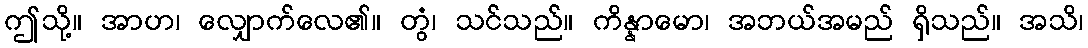
ဤသို့။ အာဟ၊ လျှောက်လေ၏။ တွံ၊ သင်သည်။ ကိန္နာမော၊ အဘယ်အမည် ရှိသည်။ အသိ၊